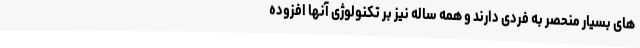
های بسیار منحصر به فردی دارند و همه ساله نیز بر تکنولوژی آنها افزوده